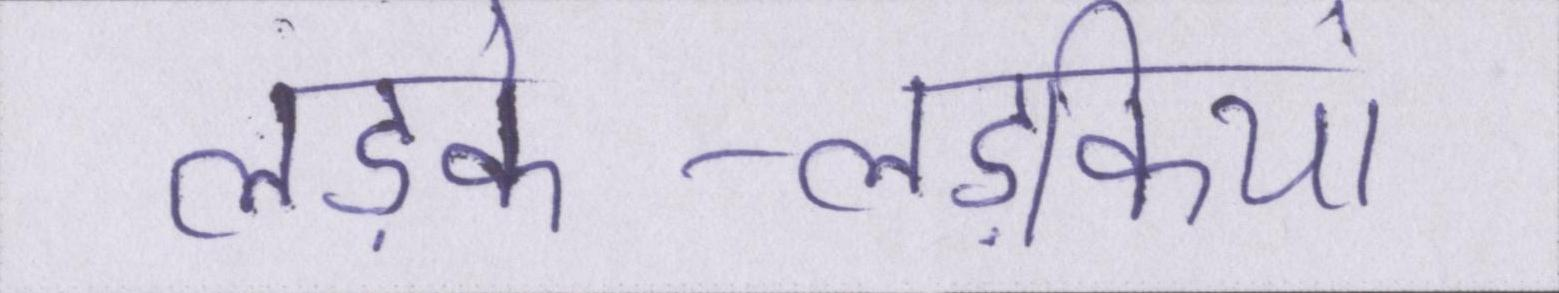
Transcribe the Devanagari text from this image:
लड़के-लड़कियां